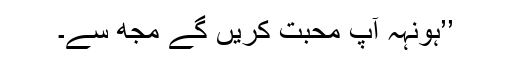
’’ہونہہ آپ محبت کریں گے مجھ سے۔